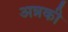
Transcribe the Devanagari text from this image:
अन्नकी